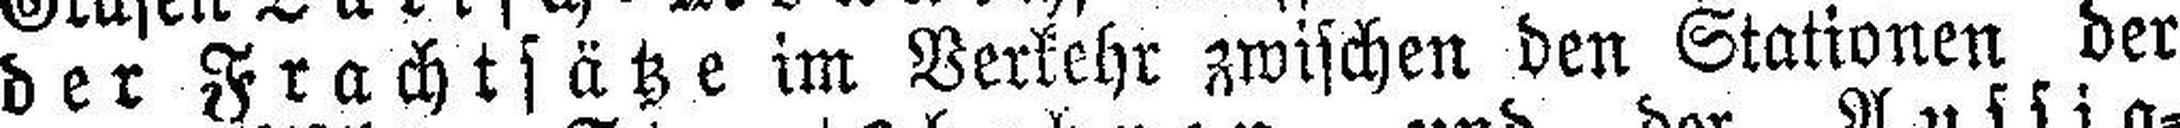
der Frachtsätze im Verkehr zwischen den Stationen der